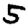
Digit: 5